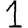
Digit: 1